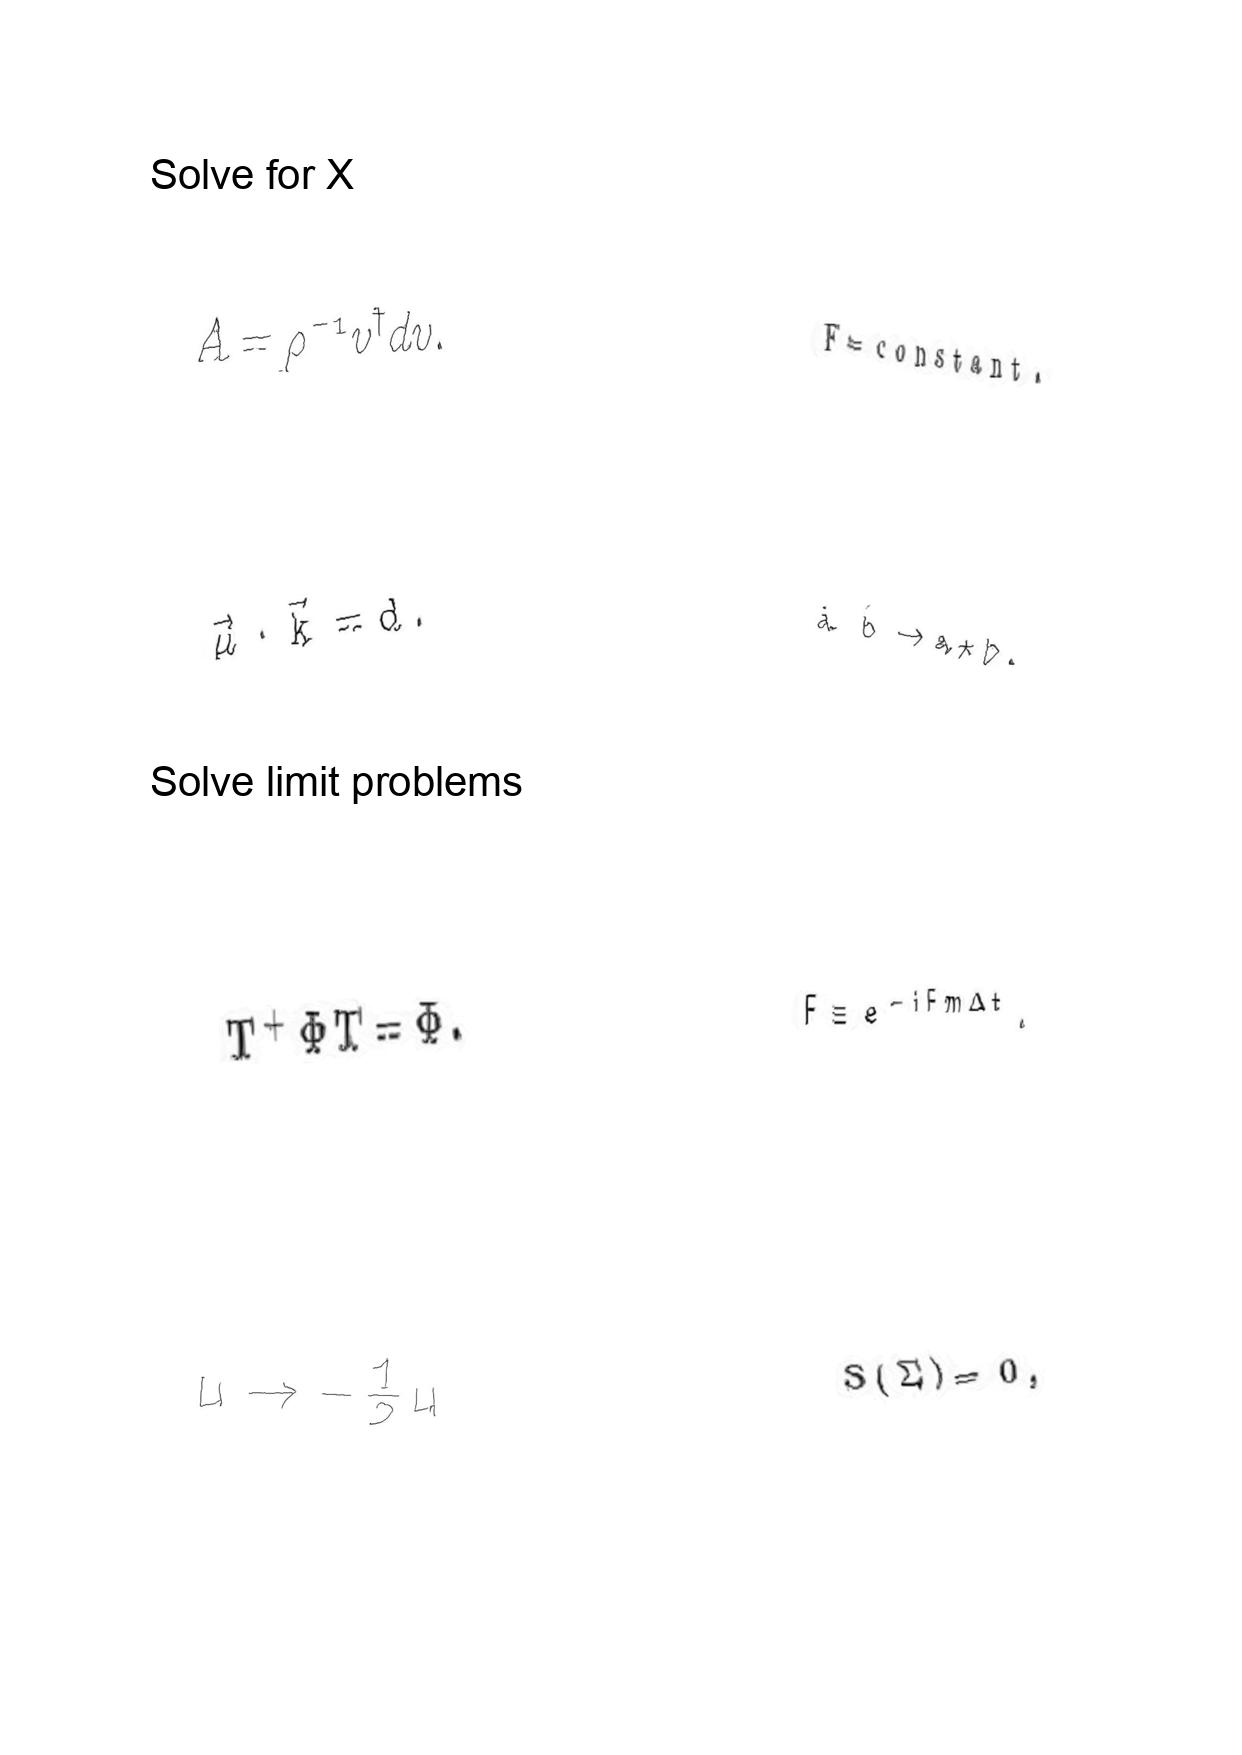
LaTeX transcription:
A = \rho ^ { - 1 } v ^ { \dagger } d v .
\vec { \mu } \cdot \vec { k } = d .
T ^ { + } \Phi T = \Phi .
u \rightarrow - \frac { 1 } { 2 } u
F = \mathrm { c o n s t a n t } .
\hat { a } \hat { b } \rightarrow a \star b .
F \equiv e ^ { - i F m \Delta t } .
S \lparen \Sigma \rparen = 0 ,